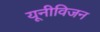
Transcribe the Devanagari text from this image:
यूनीविजन